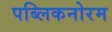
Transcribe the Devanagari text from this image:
पब्लिकनोरम